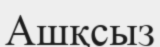
Ашқсыз